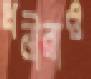
ধনীরাও